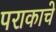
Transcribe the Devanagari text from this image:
पराकाचे